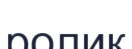
ролик